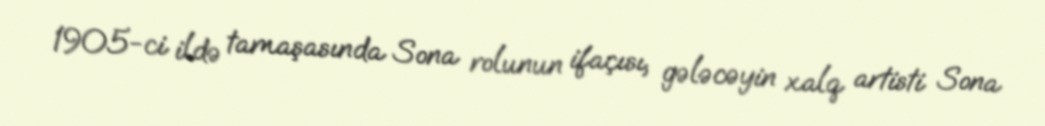
1905-ci ildə tamaşasında Sona rolunun ifaçısı, gələcəyin xalq artisti Sona